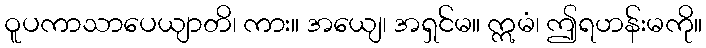
ဝူပကာသာပေယျာတိ၊ ကား။ အယျေ၊ အရှင်မ။ ဣမံ၊ ဤရဟန်းမကို။